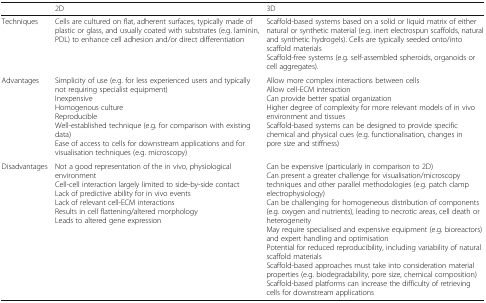
|  | 2D | 3D |
 | --- | --- | --- |
 | Techniques | Cells are cultured on flat, adherent surfaces, typically made of plastic or glass, and usually coated with substrates (e.g. laminin, PDL) to enhance cell adhesion and/or direct differentiation | Scaffold-based systems based on a solid or liquid matrix of either natural or synthetic material (e.g. inert electrospun scaffolds, natural and synthetic hydrogels). Cells are typically seeded onto/into scaffold materialsScaffold-free systems (e.g. self-assembled spheroids, organoids or cell aggregates). |
 | Advantages | Simplicity of use (e.g. for less experienced users and typically not requiring specialist equipment)InexpensiveHomogenous cultureReproducibleWell-established technique (e.g. for comparison with existing data)Ease of access to cells for downstream applications and for visualisation techniques (e.g. microscopy) | Allow more complex interactions between cellsAllow cell-ECM interactionCan provide better spatial organizationHigher degree of complexity for more relevant models of in vivo environment and tissuesScaffold-based systems can be designed to provide specific chemical and physical cues (e.g. functionalisation, changes in pore size and stiffness) |
 | Disadvantages | Not a good representation of the in vivo, physiological environmentCell-cell interaction largely limited to side-by-side contactLack of predictive ability for in vivo eventsLack of relevant cell-ECM interactionsResults in cell flattening/altered morphologyLeads to altered gene expression | Can be expensive (particularly in comparison to 2D)Can present a greater challenge for visualisation/microscopy techniques and other parallel methodologies (e.g. patch clamp electrophysiology)Can be challenging for homogeneous distribution of components (e.g. oxygen and nutrients), leading to necrotic areas, cell death or heterogeneityMay require specialised and expensive equipment (e.g. bioreactors) and expert handling and optimisationPotential for reduced reproducibility, including variability of natural scaffold materialsScaffold-based approaches must take into consideration material properties (e.g. biodegradability, pore size, chemical composition)Scaffold-based platforms can increase the difficulty of retrieving cells for downstream applications |